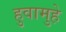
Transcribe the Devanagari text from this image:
हुवामुहे